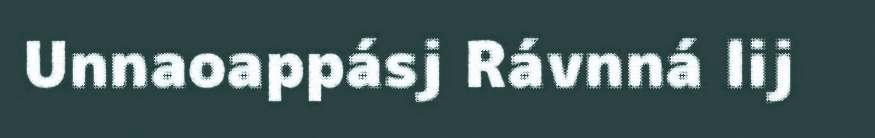
Unnaoappásj Rávnná lij